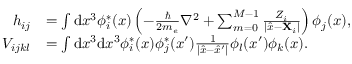
\begin{array} { r l } { h _ { i j } } & { = \int \mathrm { d } x ^ { 3 } \phi _ { i } ^ { \ast } ( x ) \left( - \frac { \hbar } { 2 m _ { e } } \nabla ^ { 2 } + \sum _ { m = 0 } ^ { M - 1 } \frac { Z _ { i } } { | \hat { x } - \mathbf { X } _ { i } | } \right) \phi _ { j } ( x ) , } \\ { V _ { i j k l } } & { = \int \mathrm { d } x ^ { 3 } \mathrm { d } x ^ { 3 } \phi _ { i } ^ { \ast } ( x ) \phi _ { j } ^ { \ast } ( x ^ { \prime } ) \frac { 1 } { | \hat { x } - \hat { x } ^ { \prime } | } \phi _ { l } ( x ^ { \prime } ) \phi _ { k } ( x ) . } \end{array}